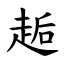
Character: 䞧